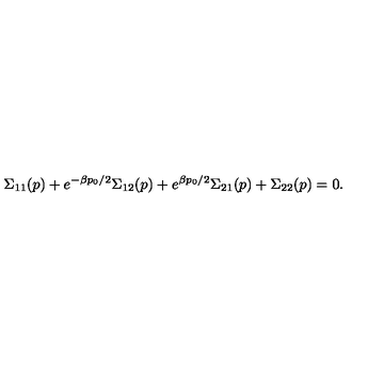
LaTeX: \Sigma _ { 1 1 } ( p ) + e ^ { - \beta p _ { 0 } / 2 } \Sigma _ { 1 2 } ( p ) + e ^ { \beta p _ { 0 } / 2 } \Sigma _ { 2 1 } ( p ) + \Sigma _ { 2 2 } ( p ) = 0 .